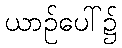
ယာဉ်ပေါ်၌